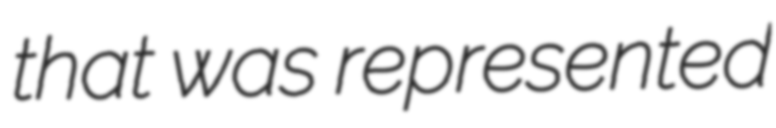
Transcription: that was represented